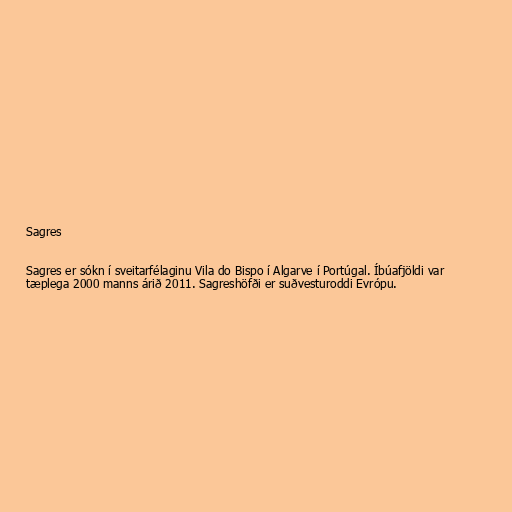
Sagres

Sagres er sókn í sveitarfélaginu Vila do Bispo í Algarve í Portúgal. Íbúafjöldi var
tæplega 2000 manns árið 2011. Sagreshöfði er suðvesturoddi Evrópu.